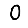
Digit: 0